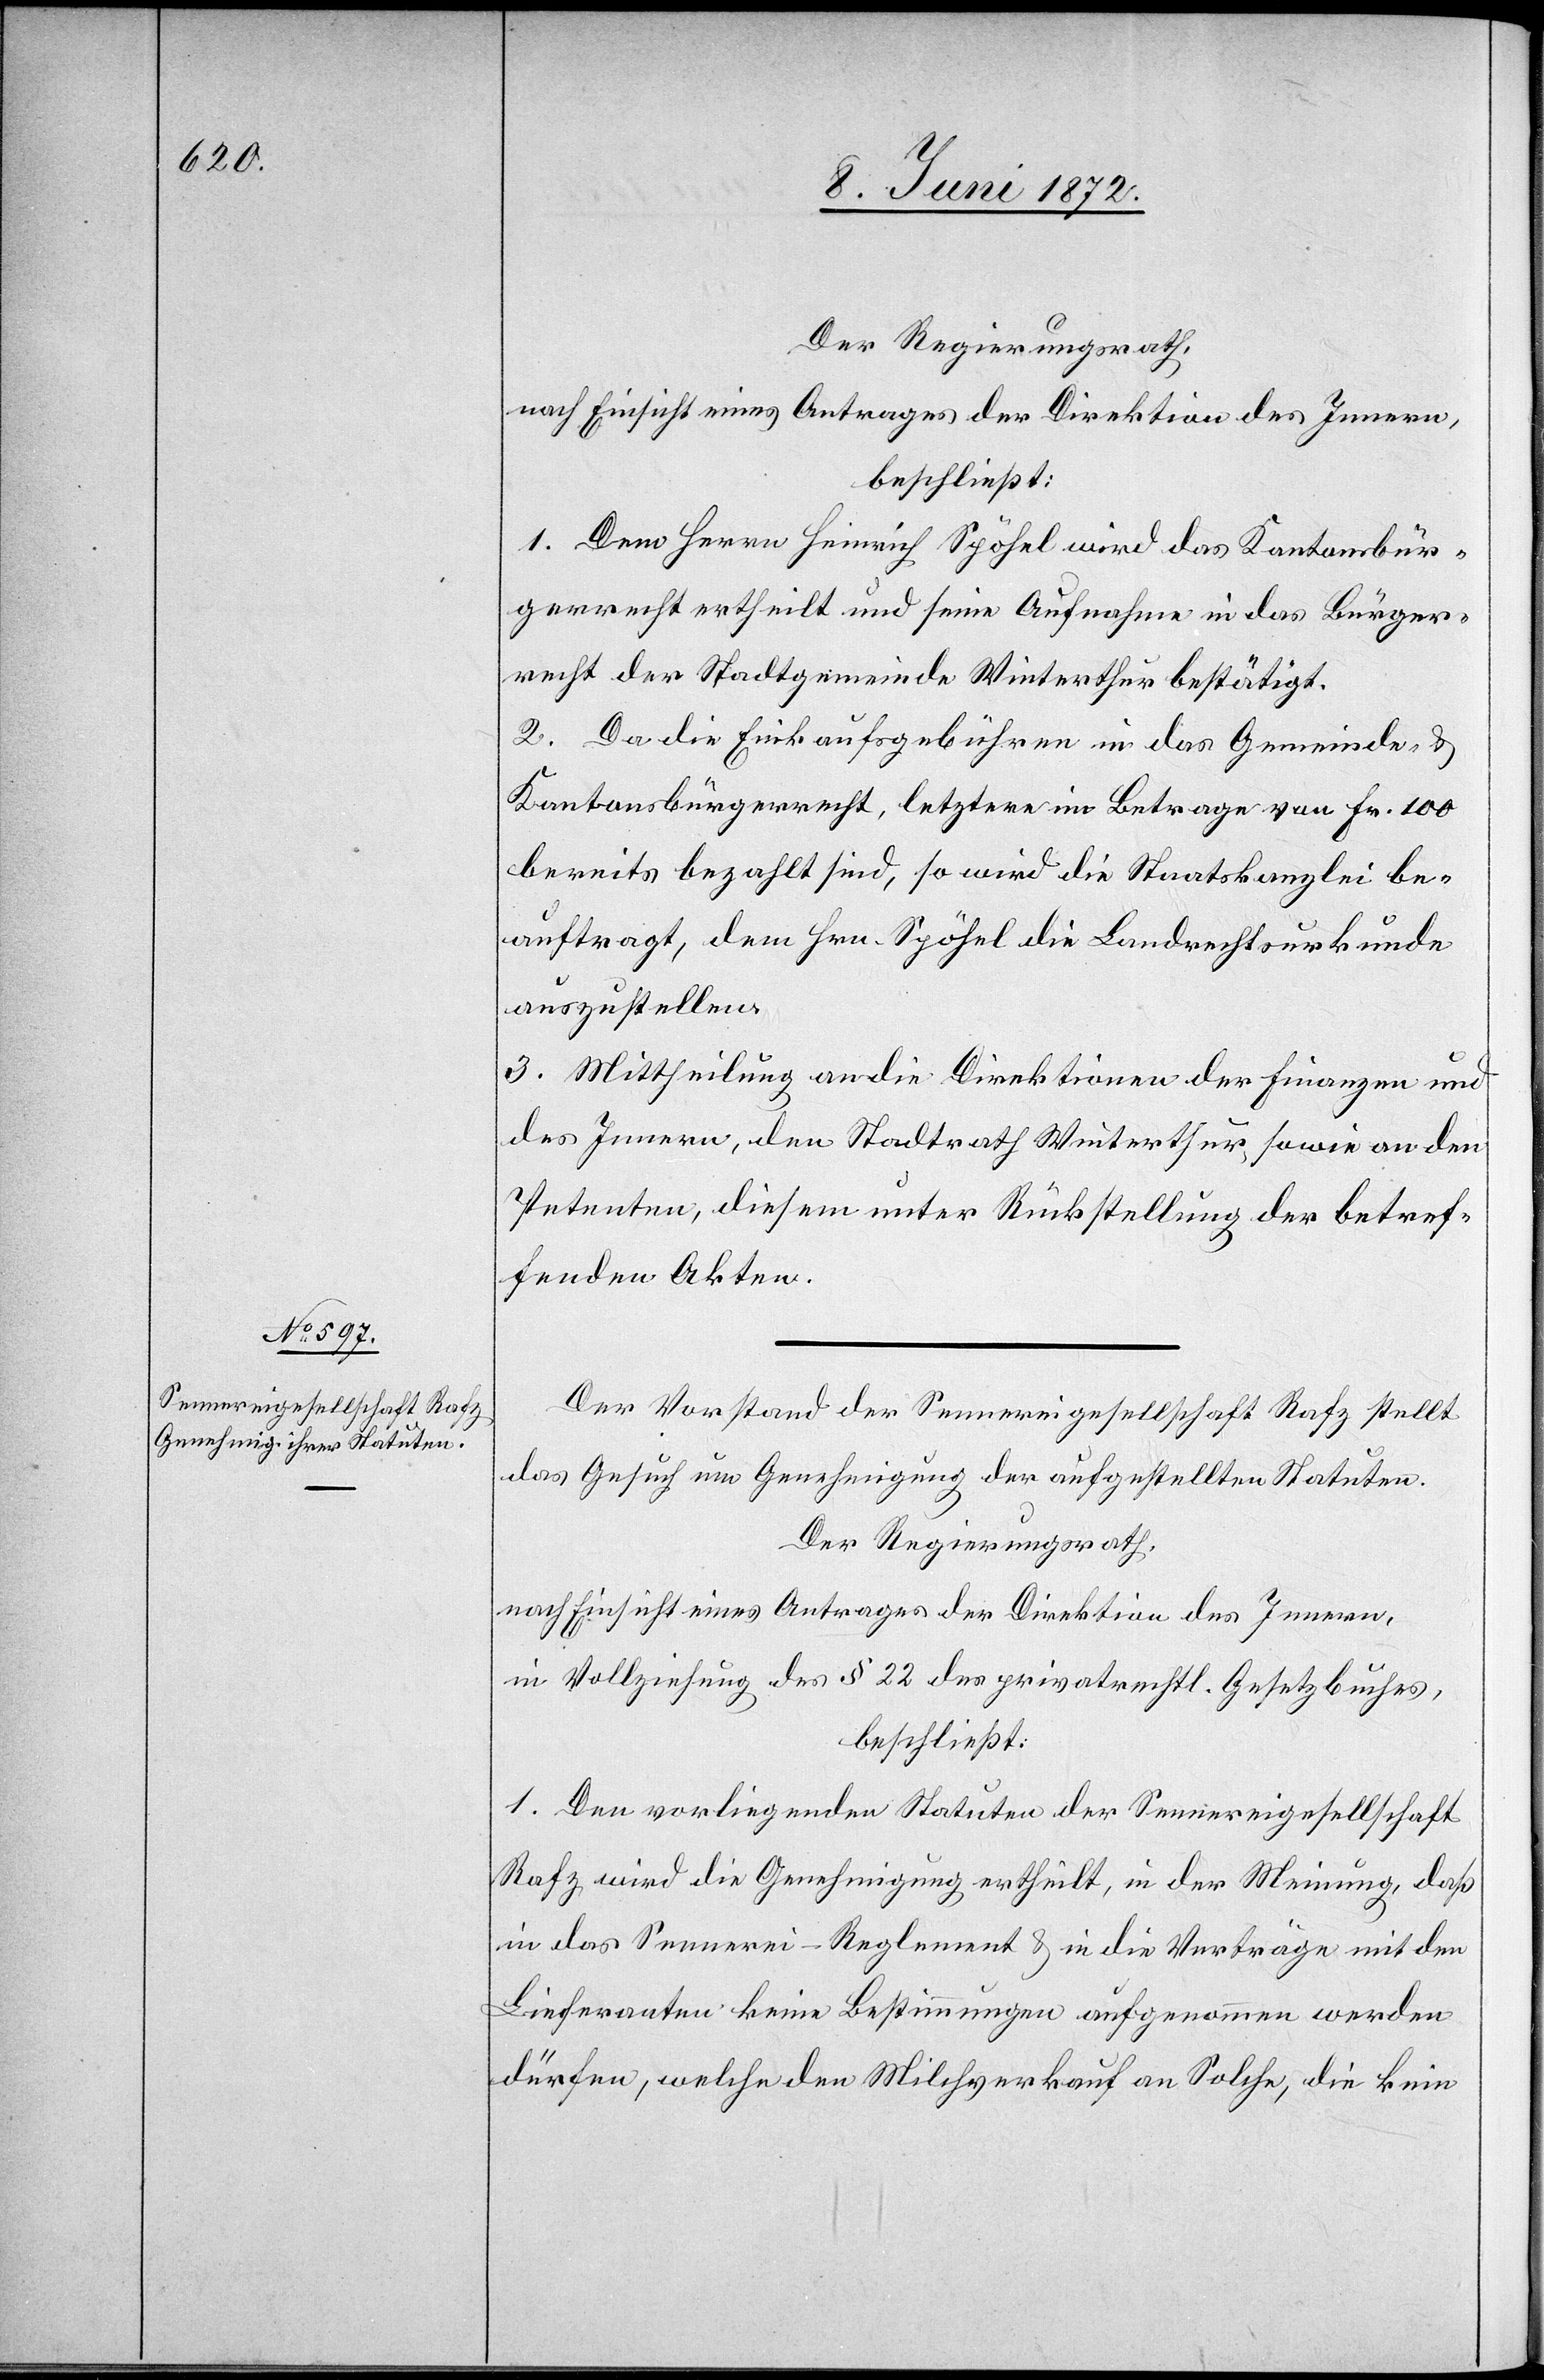
Der Regierungsrath,
nach Einsicht eines Antrages der Direktion des Innern,
beschließt:
1. Dem Herrn Heinrich Spöhel wird das Kantonsbür¬
gerrecht ertheilt und seine Aufnahme in das Bürger¬
recht der Stadtgemeinde Winterthur bestätigt.
2. Da die Einkaufsgebühren in das Gemeinde- u.
Kantonsbürgerrecht, letztere im Betrage von Fr. 100
bereits bezahlt sind, so wird die Staatskanzlei be¬
auftragt, dem Hrn. Spöhel die Landrechtsurkunde
auszustellen.
3. Mittheilung an die Direktionen der Finanzen und
des Innern, den Stadtrath Winterthur, sowie an den
Petenten, diesem unter Rückstellung der betref¬
fenden Akten.
Der Vorstand der Sennereigesellschaft Rafz stellt
das Gesuch um Genehmigung der aufgestellten Statuten.
Der Regierungsrath,
nach Einsicht eines Antrages der Direktion des Innern,
in Vollziehung des § 22 des privatrechtl. Gesetzbuches,
beschließt:
1. Den vorliegenden Statuten der Sennereigesellschaft
Rafz wird die Genehmigung ertheilt, in der Meinung, daß
in das Sennerei-Reglement u. in die Verträge mit den
Lieferanten keine Bestimmungen aufgenommen werden
dürfen, welche den Milchverkauf an Solche, die kein